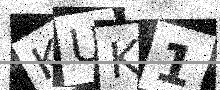
Text: KUK1